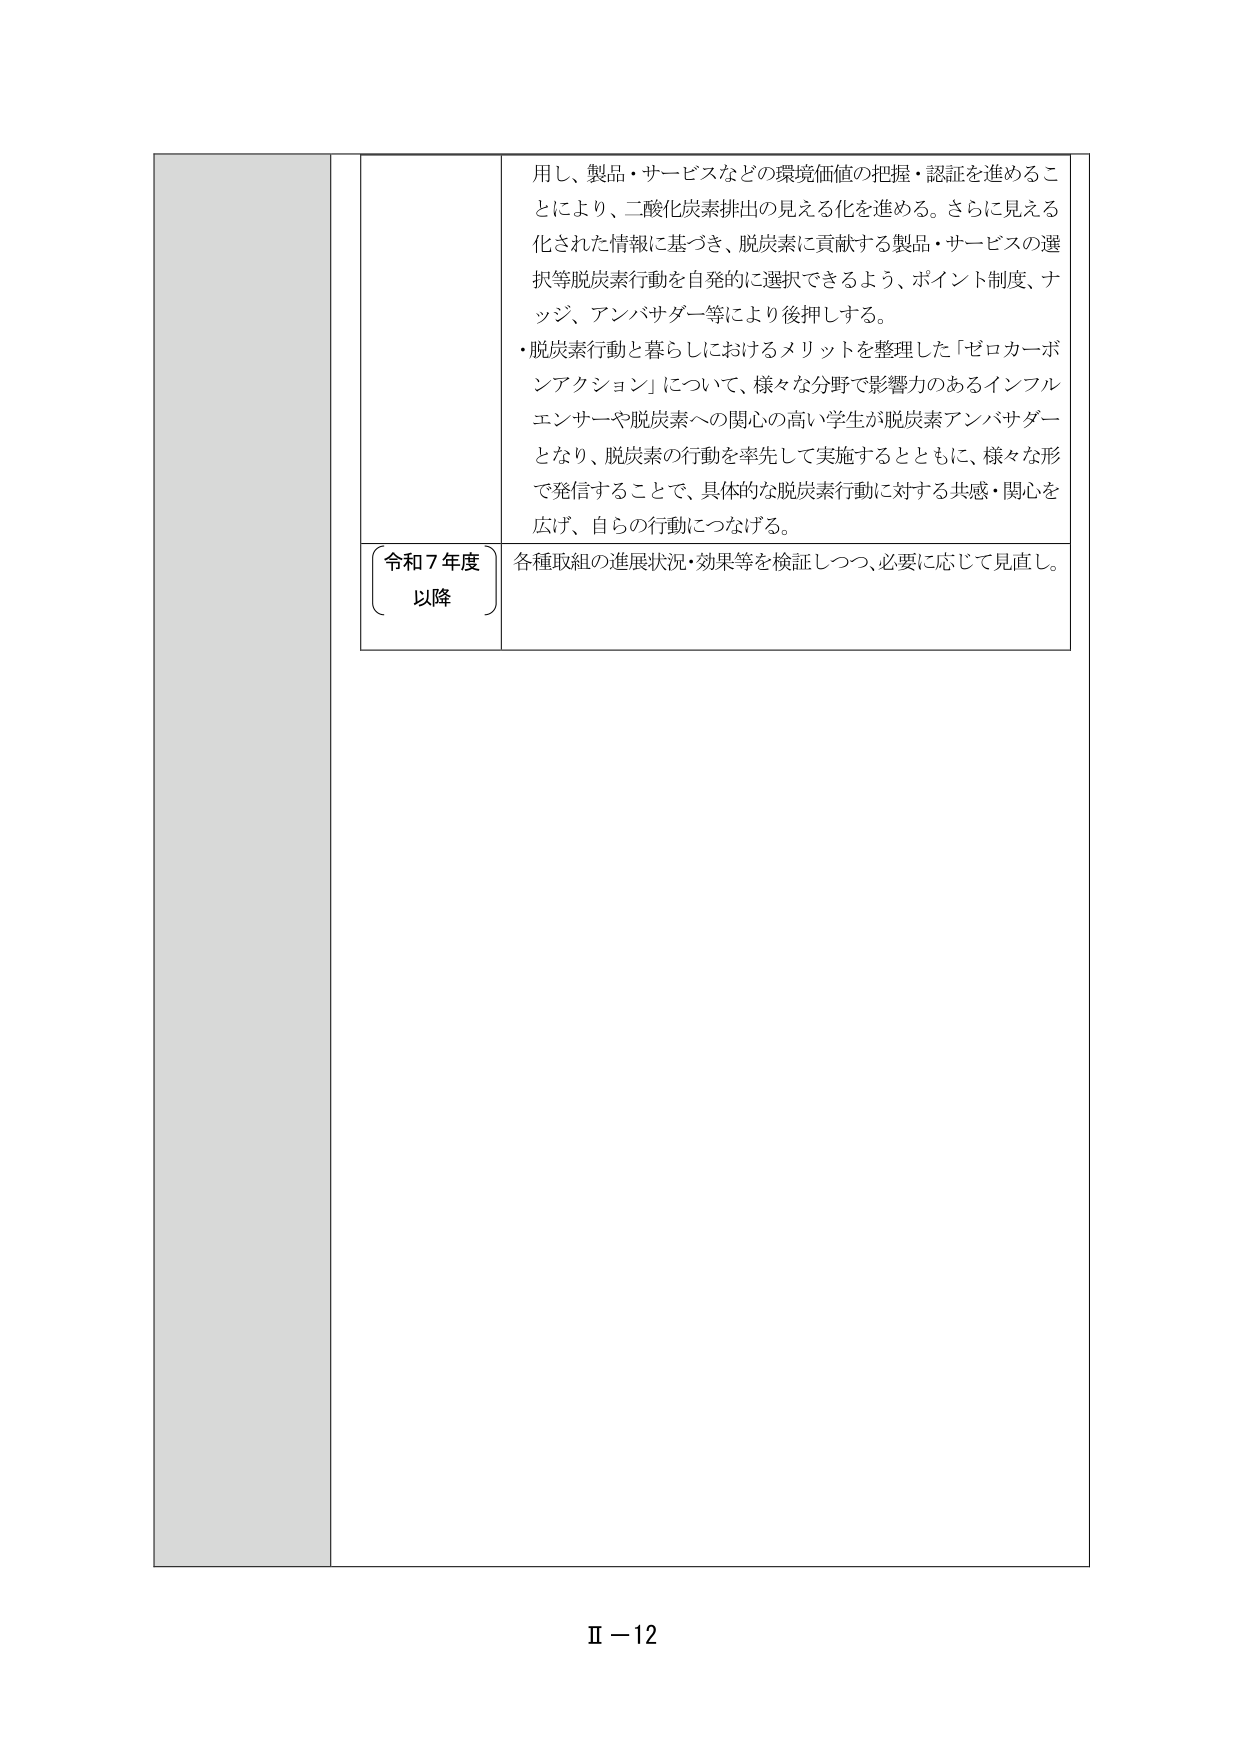
用し、製品・サービスなどの環境価値の把握・認証を進めるこ
とにより、二酸化炭素排出の見える化を進める。さらに見える
化された情報に基づき、脱炭素に貢献する製品・サービスの選
択等脱炭素行動を自発的に選択できるよう、ポイント制度、ナ
ッジ、アンバサダー等により後押しする。
・脱炭素行動と暮らしにおけるメリットを整理した「ゼロカーボ
ンアクション」について、様々な分野で影響力のあるインフル
エンサーや脱炭素への関心の高い学生が脱炭素アンバサダー
となり、脱炭素の行動を率先して実施するとともに、様々な形
で発信することで、具体的な脱炭素行動に対する共感・関心を
広げ、自らの行動につなげる。
令和７年度
以降
各種取組の進展状況・効果等を検証しつつ、必要に応じて見直し。
Ⅱ－12